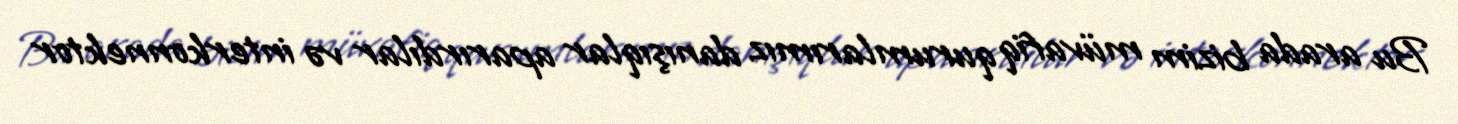
Bu arada bizim müvafiq qurumlarımız danışıqlar aparırdılar və interkonnektor